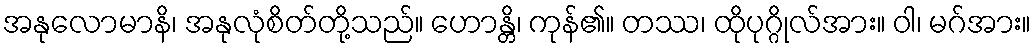
အနုလောမာနိ၊ အနုလုံစိတ်တို့သည်။ ဟောန္တိ၊ ကုန်၏။ တဿ၊ ထိုပုဂ္ဂိုလ်အား။ ဝါ၊ မဂ်အား။